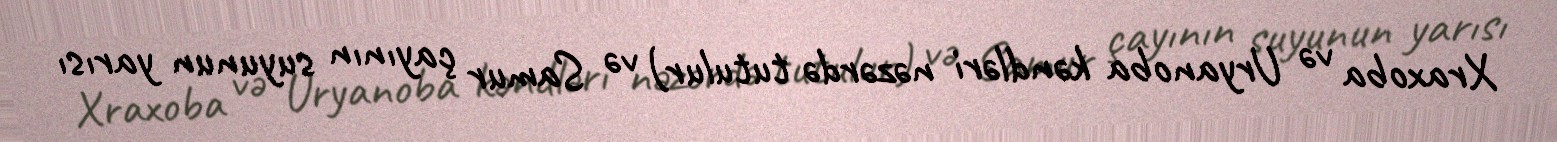
Xraxoba və Uryanoba kəndləri nəzərdə tutulur) və Samur çayının suyunun yarısı